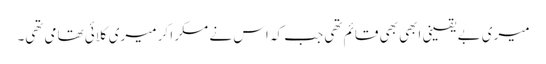
میری بے یقینی ابھی بھی قائم تھی جب کہ اس نے مسکرا کر میری کلائی تھامی تھی۔